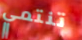
تنتمي